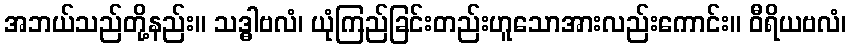
အဘယ်သည်တို့နည်း။ သဒ္ဓါဗလံ၊ ယုံကြည်ခြင်းတည်းဟူသောအားလည်းကောင်း။ ဝီရိယဗလံ၊